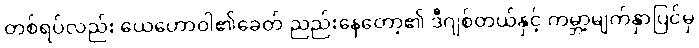
တစ်ရပ်လည်း ယေဟောဝါ၏ခေတ် ညည်းနေတော့၏ ဒီဂျစ်တယ်နှင့် ကမ္ဘာ့မျက်နှာပြင်မှ